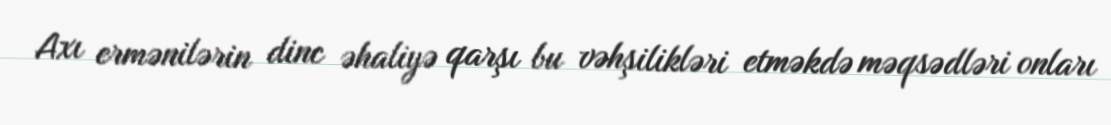
Axı ermənilərin dinc əhaliyə qarşı bu vəhşilikləri etməkdə məqsədləri onları